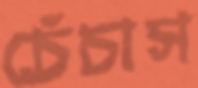
চেঁচাস